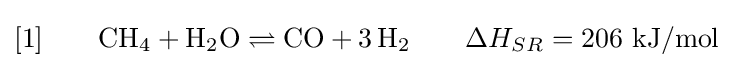
[1]\qquad \mathrm {CH} _{4}+\mathrm {H} _{2}\mathrm {O} \rightleftharpoons \mathrm {CO} +3\,\mathrm {H} _{2}\qquad \Delta H_{SR}=206\ \mathrm {kJ/mol}